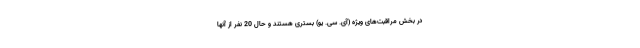
در بخش مراقبت‌های ویژه (آی. سی. یو) بستری هستند و حال 20 نفر از آنها